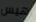
هيس